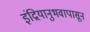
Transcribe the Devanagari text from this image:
इंद्रियानुभवापासून